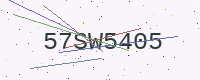
Text: 57SW5405